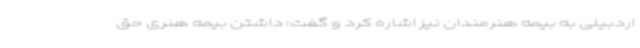
اردبیلی به بیمه هنرمندان نیز اشاره کرد و گفت: داشتن بیمه هنری حق